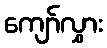
ကျော်လွှား